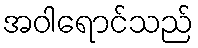
အဝါရောင်သည်